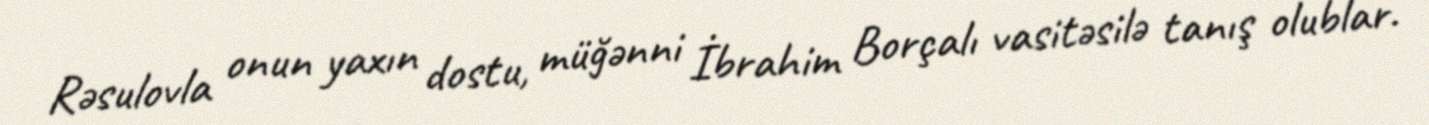
Rəsulovla onun yaxın dostu, müğənni İbrahim Borçalı vasitəsilə tanış olublar.